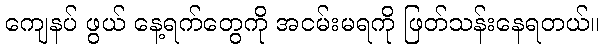
ကျေနပ် ဖွယ် နေ့ရက်တွေကို အငမ်းမရကို ဖြတ်သန်းနေရတယ်။